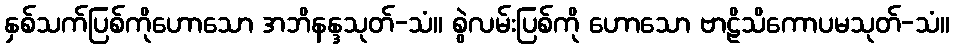
နှစ်သက်ပြစ်ကိုဟောသော အဘိနန္ဒသုတ်-သံ။ စွဲလမ်းပြစ်ကို ဟောသော ဗာဠိသိကောပမသုတ်-သံ။